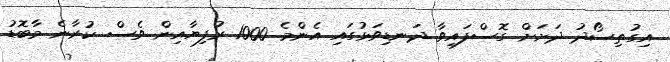
އިގުތިސޯދު ދަށަށް ގޮސްފައިވާ ދަނޑިވަޅުގައި އެންމެ 1000 ރުފިޔާއިން ވެސް ކުރާނެ މާބޮޑު